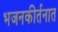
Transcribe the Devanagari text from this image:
भजनकीर्तनात